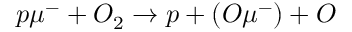
p \mu ^ { - } + O _ { 2 } \rightarrow p + ( O \mu ^ { - } ) + O